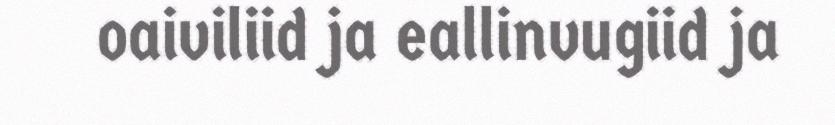
oaiviliid ja eallinvugiid ja